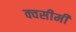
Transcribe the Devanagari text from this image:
क्वसीमी